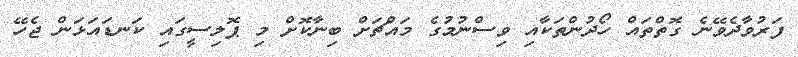
ފަރުވާދެވޭނެ ގޮތްތައް ހޯދުންތަކާއި ވިސްނުމުގެ މައްޗަށް ބިނާކޮށް މި ޕޮލިސީގައި ކަނޑައަޅަން ޖެހޭ